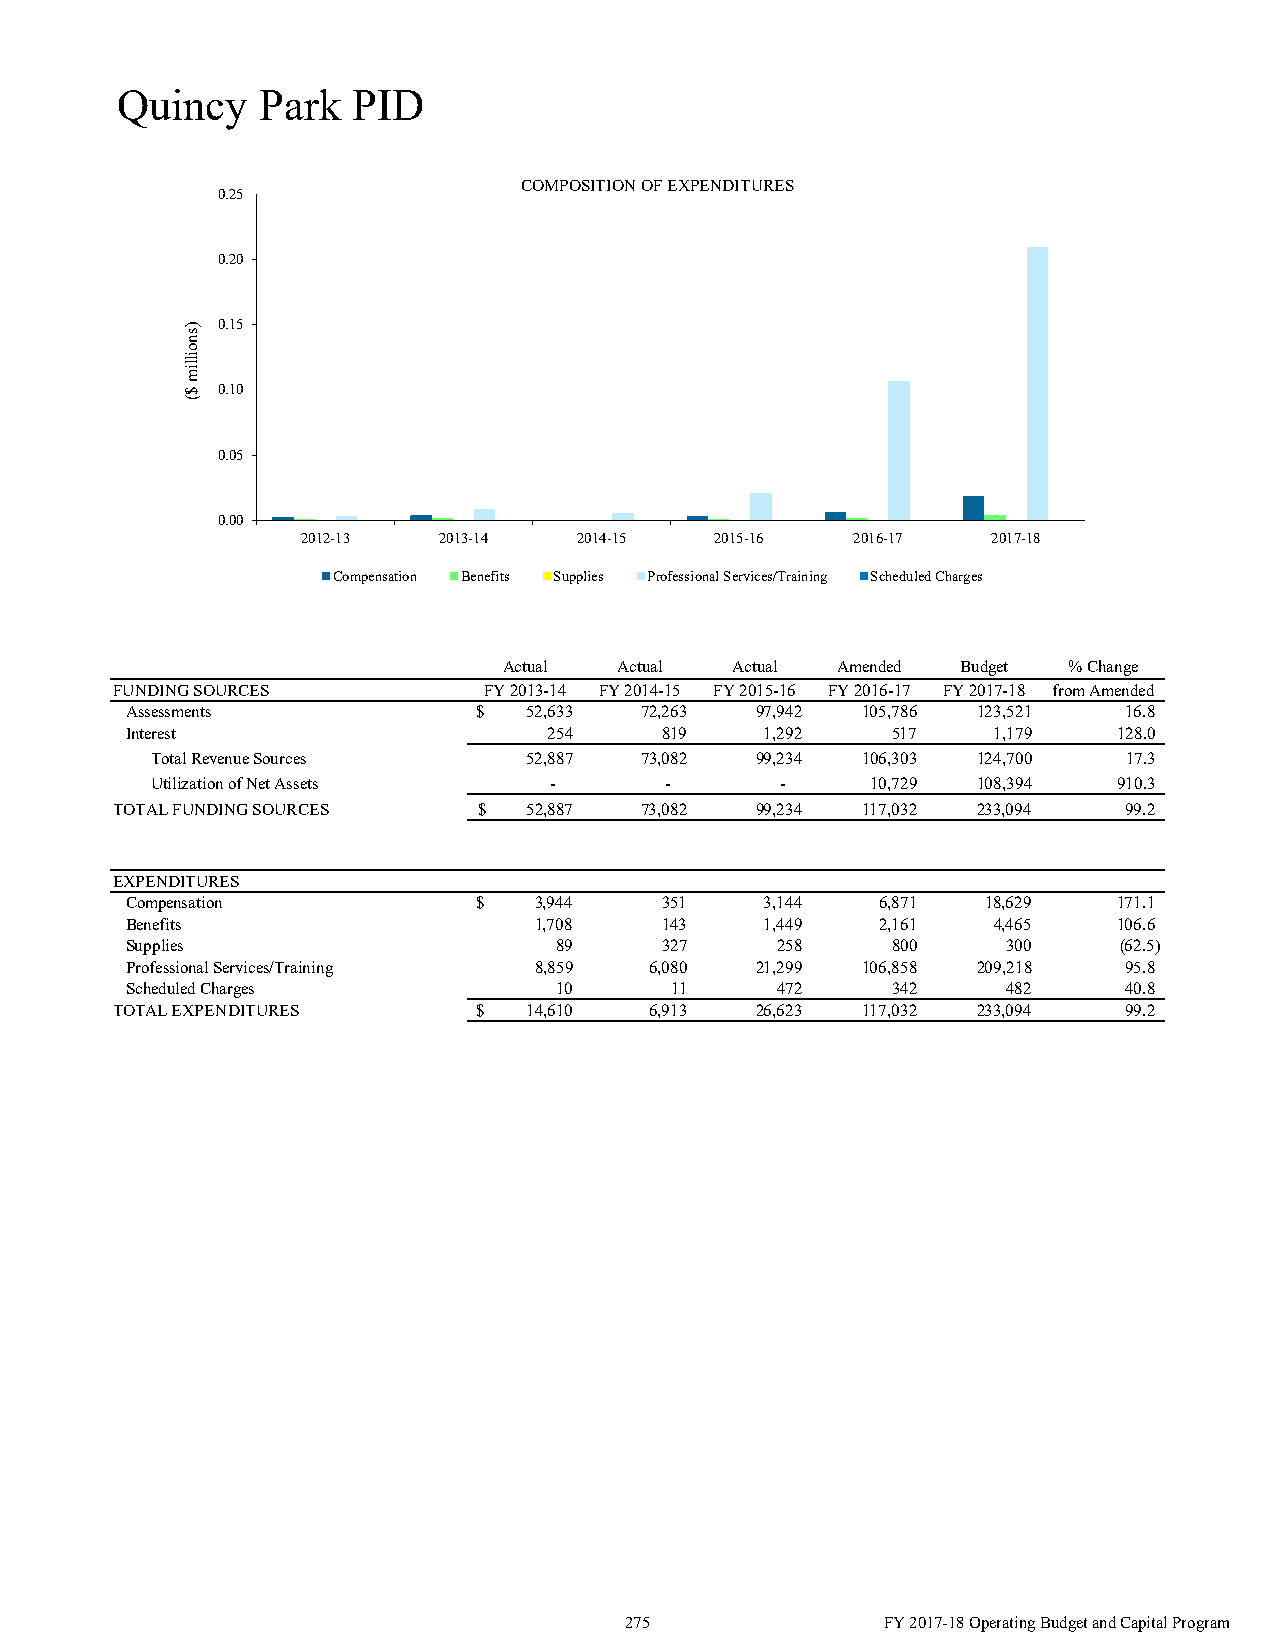
Quincy   Park  PID
 COMPOSITION OF EXPENDITURES
 0.25
 0.20
 0.15
 0.10
 0.05
 0.00
 2012-13  2013-14  2014-15  2015-16  2016-17   2017-18
 Compensation Benefits Supplies Professional Services/Training Scheduled Charges
 Actual  Actual Actual Amended  Budget % Change
 FUNDING SOURCES          FY 2013-14 FY 2014-15 FY 2015-16 FY 2016-17 FY 2017-18 from Amended
 Assessments            $   52,633 72,263  97,942 105,786 123,521   16.8
 Interest                    254     819    1,292   517    1,179   128.0
 Total Revenue Sources    52,887 73,082  99,234 106,303 124,700   17.3
 Utilization of Net Assets -       -       -     10,729 108,394  910.3
 TOTAL FUNDING SOURCES    $  52,887 73,082  99,234 117,032 233,094   99.2
 EXPENDITURES
 Compensation           $   3,944    351    3,144  6,871  18,629   171.1
 Benefits                   1,708    143    1,449  2,161   4,465   106.6
 Supplies                     89     327    258     800     300    (62.5)
 Professional Services/Training 8,859 6,080 21,299 106,858 209,218  95.8
 Scheduled Charges            10     11     472     342     482     40.8
 TOTAL EXPENDITURES      $   14,610  6,913  26,623 117,032 233,094   99.2
 275               FY 2017-18 Operating Budget and Capital Program
 )snoillim
 $(